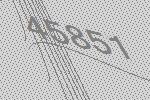
45851